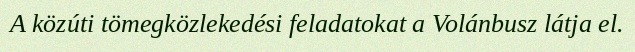
A közúti tömegközlekedési feladatokat a Volánbusz látja el.